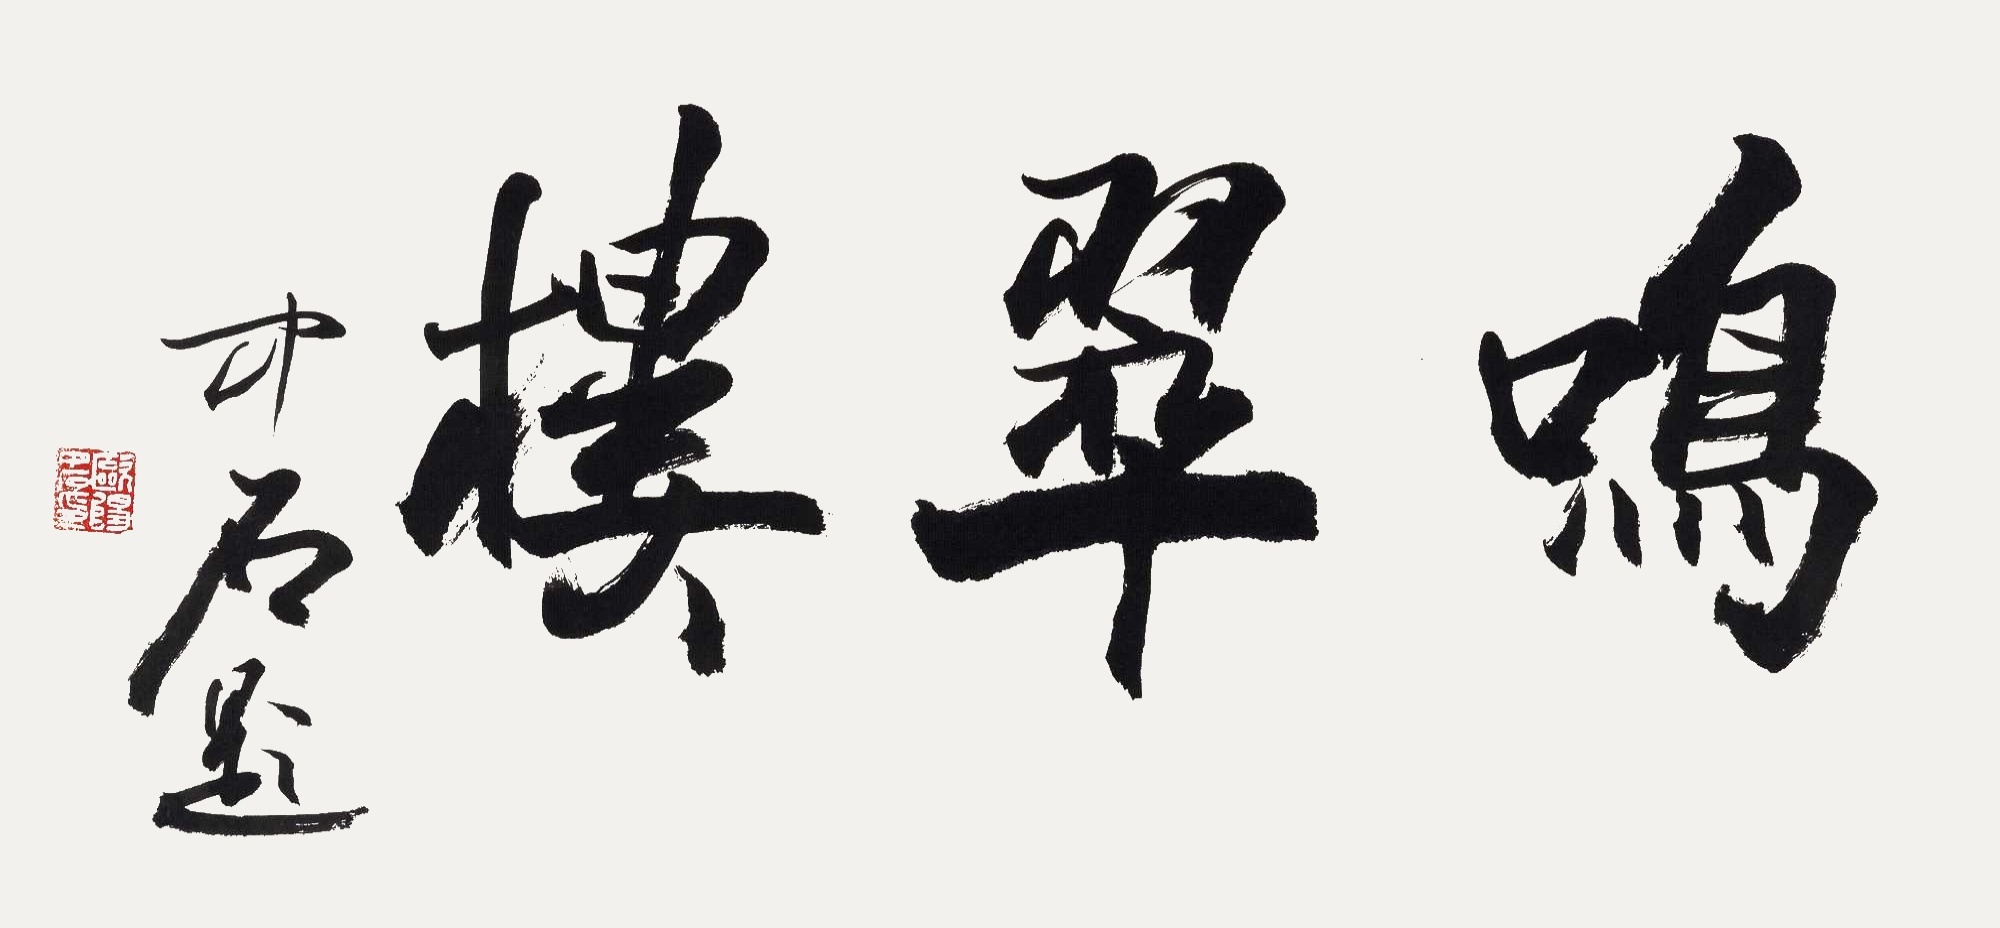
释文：鸣翠楼中石题。